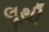
લૂથી